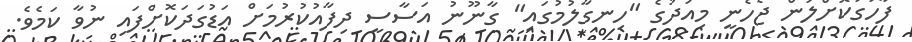
ފާހަގަކޮށްލަން ޖެހެނީ މިއަދުގެ "ހިނގާލުމުގައި" ގާނޫނު އަސާސީ ދިފާއުކުރުމަށް އަޑުގަދަކޮށްފައި ނުވާ ކަމެވެ.